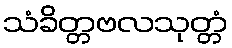
သံခိတ္တဗလသုတ္တံ